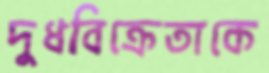
দুধবিক্রেতাকে